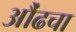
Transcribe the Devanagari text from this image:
औंढचा